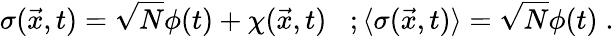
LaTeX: \sigma(\vec{x},t)=\sqrt{N}\phi(t)+\chi(\vec{x},t)\; \; \; ;\langle\sigma(\vec{x},t)\rangle=\sqrt{N}\phi(t)\; .